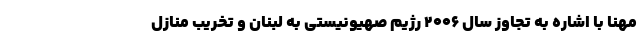
مهنا با اشاره به تجاوز سال ۲۰۰۶ رژیم صهیونیستی به لبنان و تخریب منازل